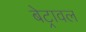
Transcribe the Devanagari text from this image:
बेट्रावल